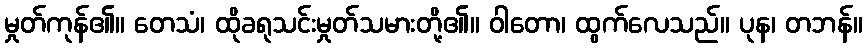
မှုတ်ကုန်၏။ တေသံ၊ ထိုခရုသင်းမှုတ်သမားတို့၏။ ဝါတော၊ ထွက်လေသည်။ ပုန၊ တဘန်။